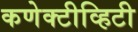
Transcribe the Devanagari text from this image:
कणेक्टीव्हिटी